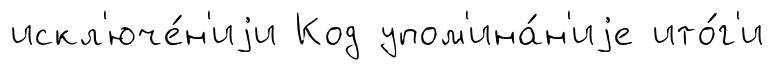
искл'юче́н'иjи Код упом'ина́н'иjе ито́г'и